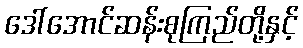
ဒေါ်အောင်ဆန်းစုကြည်တို့နှင့်